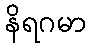
နိရဂမာ